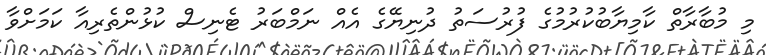
މި މުބާރާތް ކާމިޔާބުކުރުމުގެ ފުރުސަތު ދުނިޔޭގެ އެއް ނަމްބަރު ޓެނިސް ކުޅުންތެރިއާ ކަމަށްވާ